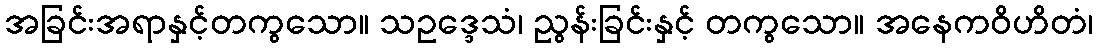
အခြင်းအရာနှင့်တကွသော။ သဥဒ္ဒေသံ၊ ညွန်းခြင်းနှင့် တကွသော။ အနေကဝိဟိတံ၊